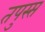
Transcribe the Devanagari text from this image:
तपुस्स